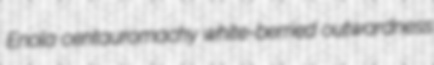
Enola centauromachy white-berried outwardness